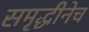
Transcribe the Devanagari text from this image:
समृद्धीनेच